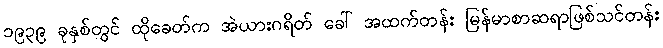
၁၉၃၉ ခုနှစ်တွင် ထိုခေတ်က အဲယားဂရိတ် ခေါ် အထက်တန်း မြန်မာစာဆရာဖြစ်သင်တန်း